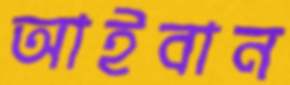
আইবান